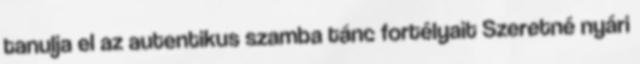
tanulja el az autentikus szamba tánc fortélyait Szeretné nyári